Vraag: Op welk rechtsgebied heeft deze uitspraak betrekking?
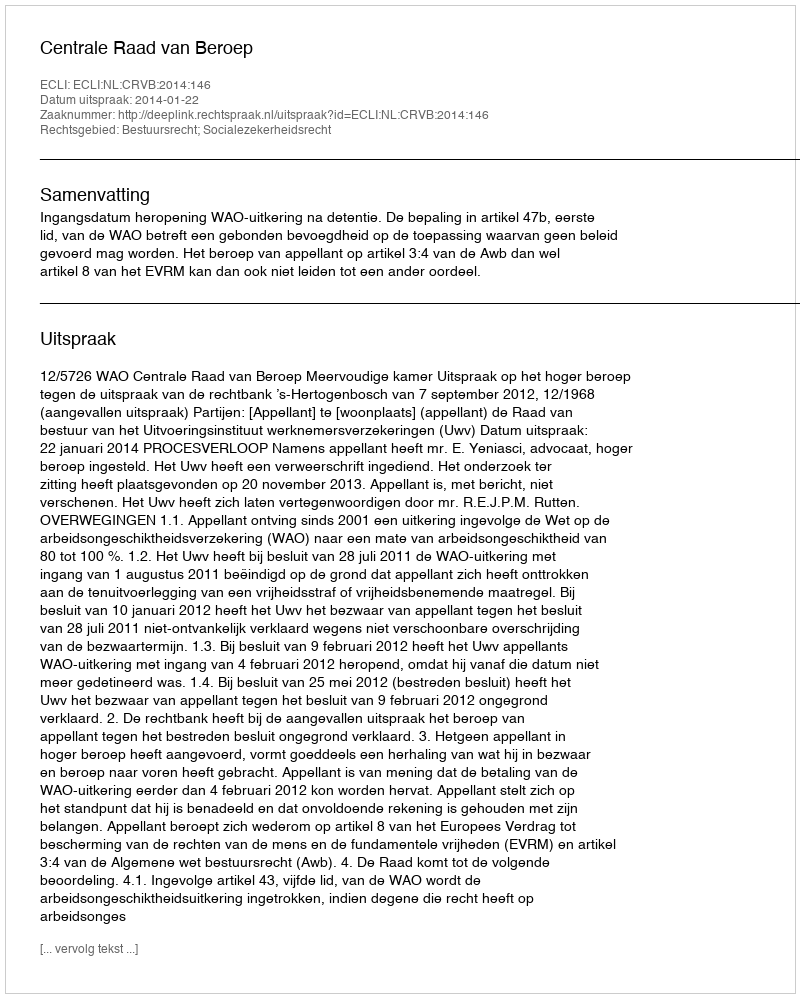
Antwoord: Bestuursrecht; Socialezekerheidsrecht